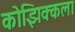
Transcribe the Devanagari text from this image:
कोझिक्कला